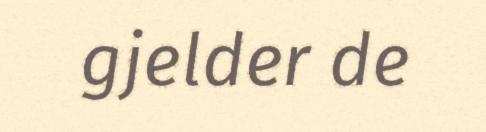
gjelder de